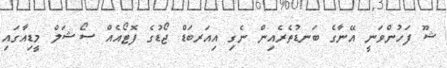
ޝޫ ފަހުންވަނީ އޭނާގެ ބަނޑުތެރެއިން ނެގި އިއަރބަޑް ޖޯޑުގެ ފޮޓޯއެއް ސޯޝަލް މީޑިއާގައި